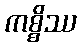
ကစ္စိဿ